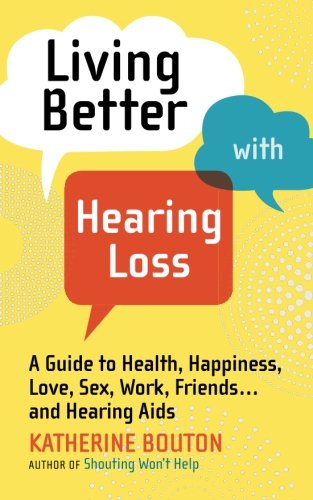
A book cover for Living Better with Hearing Loss: A Guide to Health, Happiness, Love, Sex, Work, Friends . . . and Hearing Aids; Katherine Bouton; Health, Fitness & Dieting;